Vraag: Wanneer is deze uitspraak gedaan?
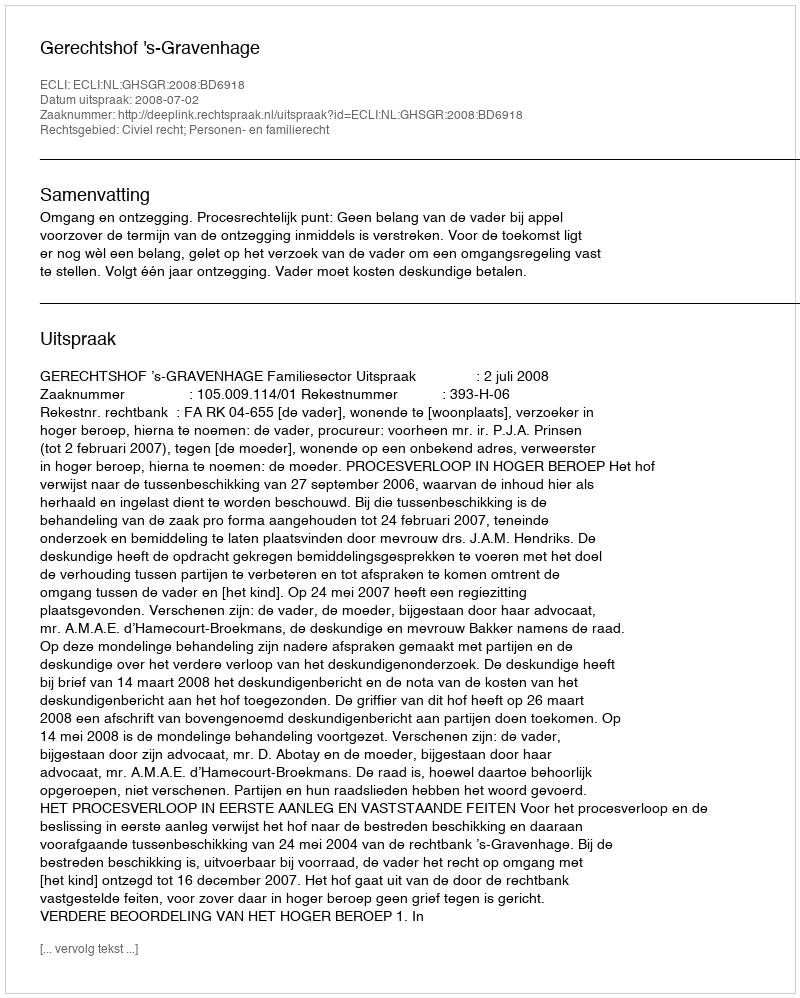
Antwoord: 2008-07-02